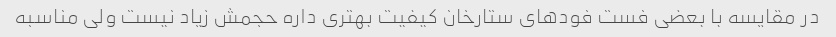
در مقایسه با بعضی فست فودهای ستارخان کیفیت بهتری داره حجمش زیاد نیست ولی مناسبه